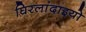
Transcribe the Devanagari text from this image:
घिरलांदाइयो